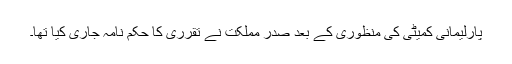
پارلیمانی کمیٹی کی منظوری کے بعد صدر مملکت نے تقرری کا حکم نامہ جاری کیا تھا۔